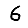
Digit: 6